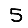
Digit: 5